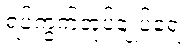
ရပ်ကွက်အုပ်ချုပ်ရေး